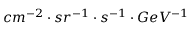
c m ^ { - 2 } \cdot { s r ^ { - 1 } } \cdot { s ^ { - 1 } } \cdot { G e V ^ { - 1 } }